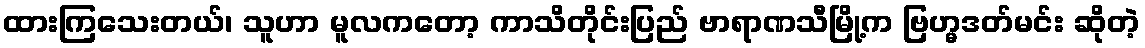
ထားကြသေးတယ်၊ သူဟာ မူလကတော့ ကာသိတိုင်းပြည် ဗာရာဏသီမြို့က ဗြဟ္မဒတ်မင်း ဆိုတဲ့